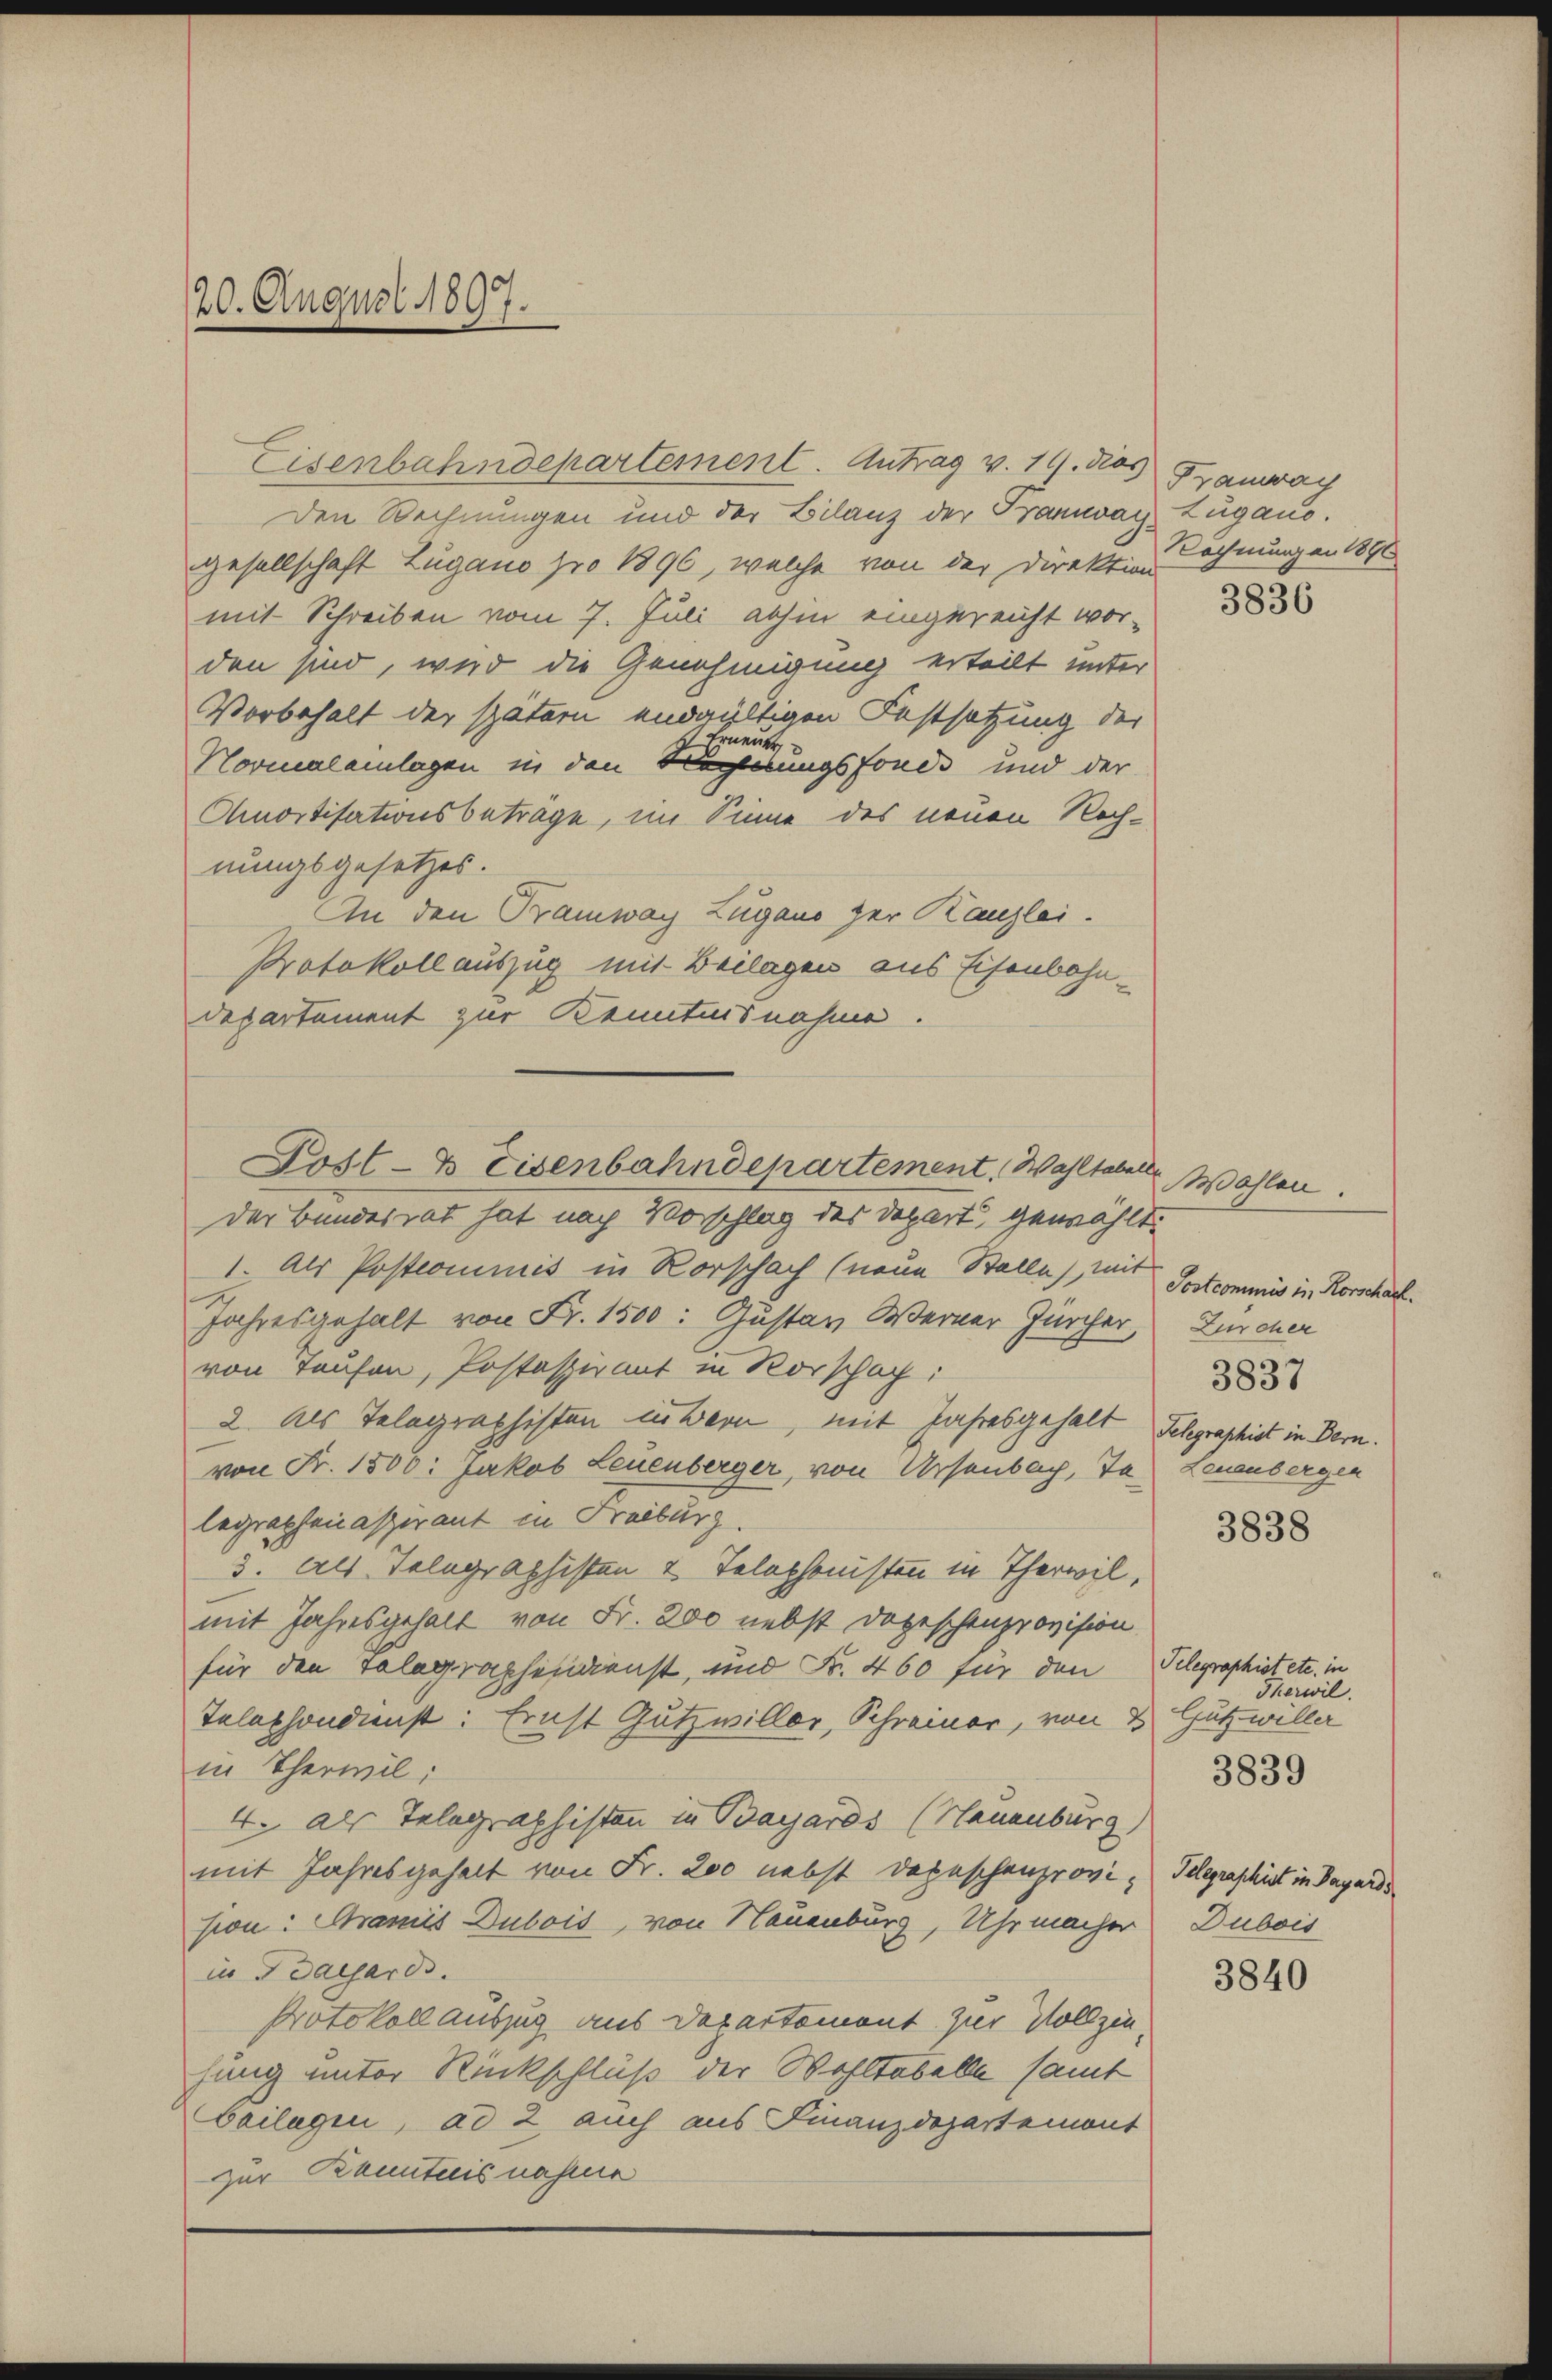
20. August 1897.

Post- & Eisenbahndepartement, Wahltabelle Wahlen.

Eisenbahndepartement. Antrag v. 19. dies Tramway
Den Rechnungen und der Bilanz der Tramway Lugano.
gesellschaft Zugano pro 1896, welche von der Direktion
mit Schreiben vom 7. Juli abhin eingereicht wor-
den sind, wird die Genehmigung erteilt unter
Vorbehalt der spätern endgültigen Festsetzung der
Erneuer
Normaleinlagen in den Hagerungsfonds und der
Amortisationsbeträge, im Sinne des neuen Rechnungsgesetzes.
An den Tramway Zugano zur Kanzlei-
Protokoll auszug mit Beilagen aus Eisenbahn-
departement zur Kenntnisnahme.
der Bundesrat hat nach Vorschlag des Depart, gewählt.
1. Als Postcommis in Rorschach (neue Stalle) mit Postcommis in Rorschach.
Jahresgehalt von Fr. 1500: Gustav Werner Zürcher,
von Taufen, Postaspirant in Vorschach:
2. Als Telegraphisten in Bern, mit Jahresgehalt Schgraphist in Bern.
von Fr. 1500: Jakob Leuenberger, von Ursenbach, Ta
legraphenasperant in Freiburg.
3. Als Telegraphisten 2 Telephonisten in Therwil,
mit Jahresgehalt von Fr. 200 nebst Dogeschenprovision
für den Telegraphendienst, und Fr. 460 für den
Telephondienst: Ernst Gutzwiller, Schreiner, von d
in Therwil:
4. als Telegraphisten in Bayards (Neuenburg)
mit Jahresgehalt von Fr. 200 nebst Depeschenprovision: Gramis Dubois, von Neuenburg, Uhrmacher Dubois
in Idaesards.
Protokoll auszug aus Departement zur Vollzie
hung unter Rückschluß der Wohltabelle samt
Cailagen, ad 2 auch aus Finanzdepartemont
zur Kenntnis nahme

Rechnung an 1890

3836

Zürcher
3837
Leuenbergen

3838

Pelegraphist etc. in
Therwil.
Gutz willer
Pelgraschirt in Papards

3839

3840